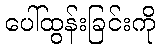
ပေါ်ထွန်းခြင်းကို